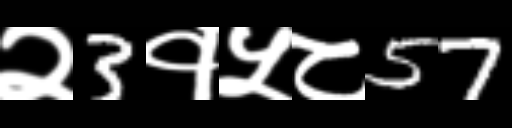
Text: २3१५८57